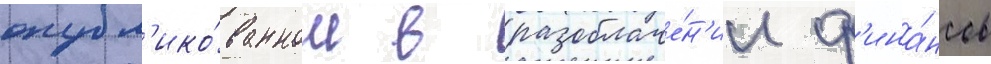
опубл'ико́ванном в разоблаче́н'ии ф'ина́нсов